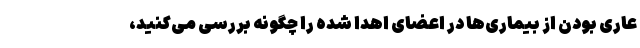
عاری بودن از بیماری‌ها در اعضای اهدا شده را چگونه بررسی می‌کنید،‌